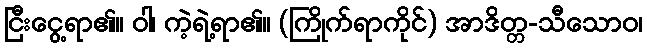
ငြီးငွေ့ရာ၏။ ဝါ၊ ကဲ့ရဲ့ရာ၏။ (ကြိုက်ရာကိုင်) အာဒိတ္တ-သီသောဝ၊